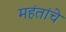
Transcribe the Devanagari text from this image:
महंतांचे